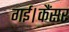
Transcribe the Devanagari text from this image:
गई।कैंसर